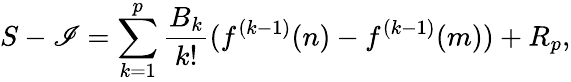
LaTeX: S-\mathscr{I}=\sum_{k=1}^{p}{{\frac{{B_{k}}}{{k!}}}(f^{(k-1)}(n)-f^{(k-1)}(m))}+R_{p},